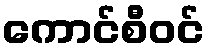
ကောင်စီဝင်